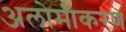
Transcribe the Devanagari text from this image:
अलोमीकरण